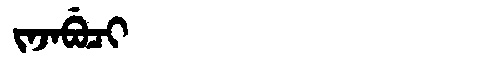
Manchu: ᠵᠠᠵᠠᠪᡠᠴᡳ
Romanization: JAJABUCI